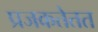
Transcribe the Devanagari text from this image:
प्रजकतेतत